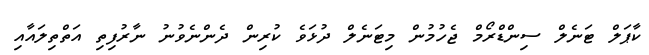
ކާޕަލް ޓަނެލް ސިންޑްރޯމް ޖެހުމުން މިޓަނެލް ދުޅަވެ ކުރިން ދެންނެވުނު ނާރުފިތި އަތްތިލައާއި